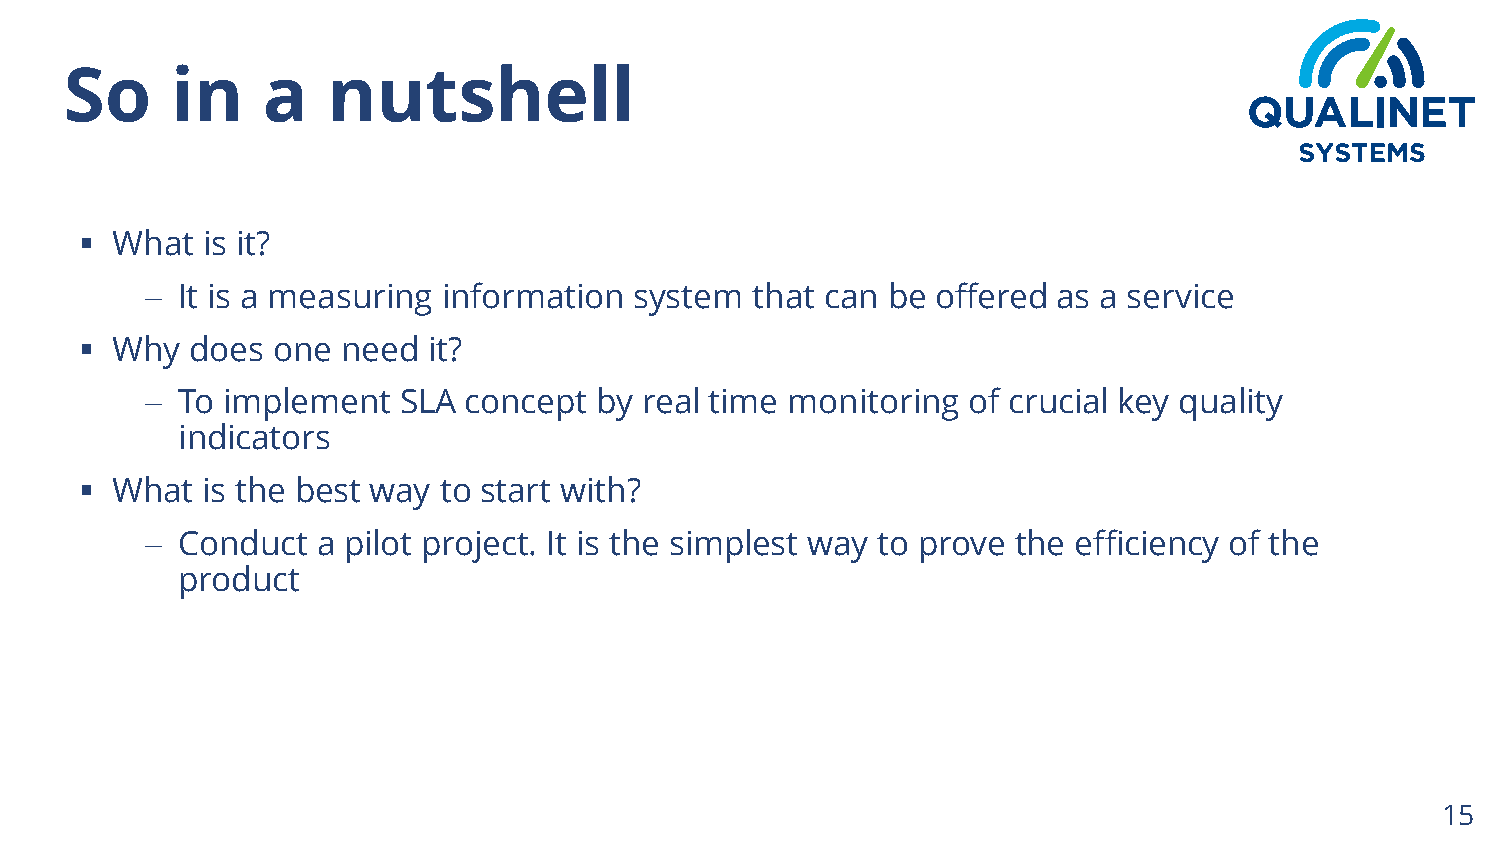
So     in    a    nutshell
  What  is it?
  It is a measuring information system  that can be offered as a service
  Why   does one  need it?
  To implement   SLA concept  by real time monitoring of crucial key quality
 indicators
  What  is the best way to start with?
  Conduct  a pilot project. It is the simplest way to prove the efficiency of the
 product
 15